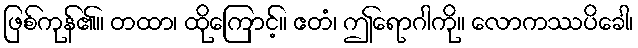
ဖြစ်ကုန်၏။ တထာ၊ ထိုကြောင့်။ ဧတံ၊ ဤရောဂါကို။ လောကဿပိခေါ၊